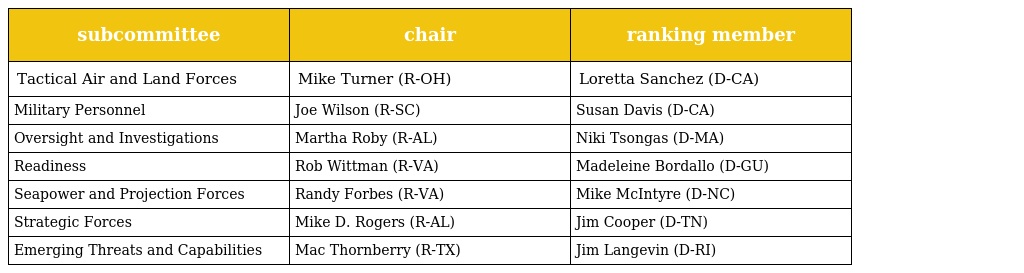
| subcommittee | chair | ranking member |
 | --- | --- | --- |
 | Tactical Air and Land Forces | Mike Turner (R-OH) | Loretta Sanchez (D-CA) |
 | Military Personnel | Joe Wilson (R-SC) | Susan Davis (D-CA) |
 | Oversight and Investigations | Martha Roby (R-AL) | Niki Tsongas (D-MA) |
 | Readiness | Rob Wittman (R-VA) | Madeleine Bordallo (D-GU) |
 | Seapower and Projection Forces | Randy Forbes (R-VA) | Mike McIntyre (D-NC) |
 | Strategic Forces | Mike D. Rogers (R-AL) | Jim Cooper (D-TN) |
 | Emerging Threats and Capabilities | Mac Thornberry (R-TX) | Jim Langevin (D-RI) |